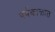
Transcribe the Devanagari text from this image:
पर्वकाळात